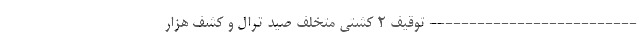
-------------------------- توقیف ۲ کشتی متخلف صید ترال و کشف هزار